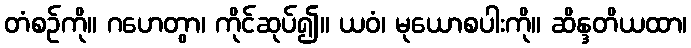
တံစဉ်ကို။ ဂဟေတွာ၊ ကိုင်ဆုပ်၍။ ယဝံ၊ မုယောစပါးကို။ ဆိန္ဒတိယထာ၊